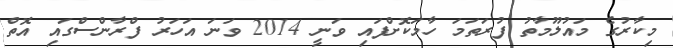
މިކާރުގެ މައުލޫމާތު ފުރަތަމަ ހާމަކޮށްފައި ވަނީ 2014 ވަނަ އަހަރު ފްރާންސްގައި އޮތް